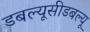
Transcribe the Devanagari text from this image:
डबल्यूसीडबल्यू